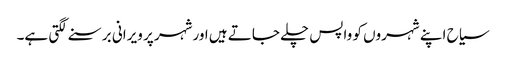
سیاح اپنے شہروں کو واپس چلے جاتے ہیں اورشہر پر ویرانی برسنے لگتی ہے۔